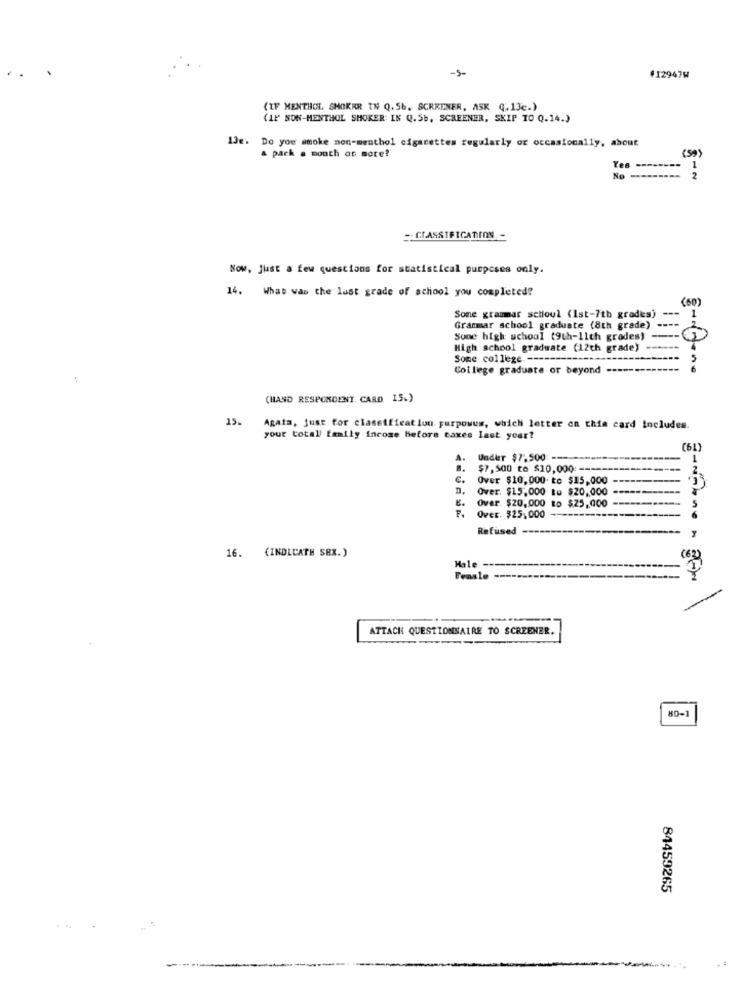
-5-
#129476
(IF MENTHOL SHOKER IN Q. 5b. SCREENER, ASK (.13c.)
(IF SON-MENTHOL SMOKER: IN Q.Sb, SCREENER, SKIP TO Q.14.)
13e. Do you smoke non-menthol cigarettes regularly or occasionally, about
(59)
& pack a month os more!'
Yes ----
1
No -----
- CLASSIFICATION. -
Now, Just a few questions for statistical purposes only.
14. What was the last grade of school you completed?
(60)
Some grammar schoul (1st-7th grades) ---
Grammar school graduate (8th grade) --
Sone high school (9th-11th grades) --
High school graduate (12th grade)
Some college .-----
College graduate or beyond
(HAND RESPONDENT, CARD. 15.)
15%
Agata, just for classification purposes, which letter on this card includes.
your total family income before taxes last year?
(61)
Under $7,500: ---
$7,500 to $10,000 :-----
€.
Over $10,000 to $15,000
D.
Over. $15,000 to $20,000
Over $20,000 to $25,000
Over. $25,000
Refused
16. (INDLCATH SEX.)
(62)
Male ---
Feasle
--
ATTACH QUESTIONNAIRE TO SCREENER.
80-1
84459265
...